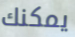
يمكنك